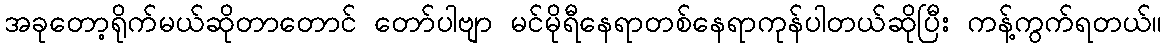
အခုတော့ရိုက်မယ်ဆိုတာတောင် တော်ပါဗျာ မင်မိုရီနေရာတစ်နေရာကုန်ပါတယ်ဆိုပြီး ကန့်ကွက်ရတယ်။